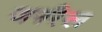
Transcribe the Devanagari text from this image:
जनरैल